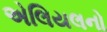
એલિયલનો